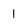
Character: 1